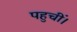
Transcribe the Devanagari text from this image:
पहुचीं।